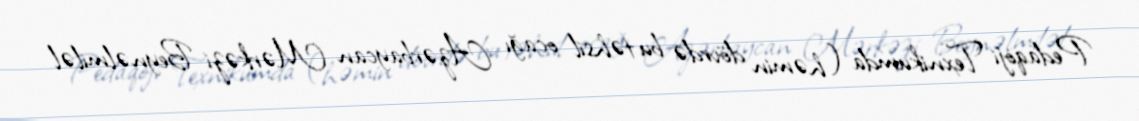
Pedaqoji Texnikumda (həmin dövrdə bu təhsil ocağı Azərbaycan Mərkəzi Beynəlmiləl